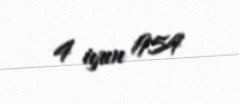
4 iyun 1954